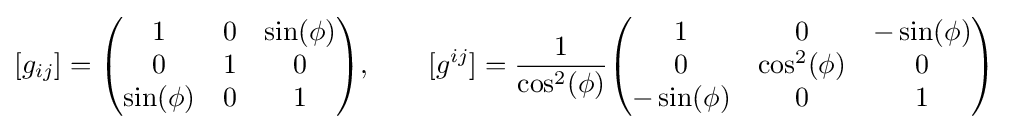
[g_{ij}]={\begin{pmatrix}1&0&\sin(\phi )\\0&1&0\\\sin(\phi )&0&1\end{pmatrix}},\qquad [g^{ij}]={\frac {1}{\cos ^{2}(\phi )}}{\begin{pmatrix}1&0&-\sin(\phi )\\0&\cos ^{2}(\phi )&0\\-\sin(\phi )&0&1\end{pmatrix}}